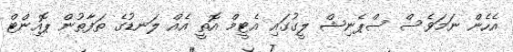
އެހެން ނަމަވެސް ސްޕެނިޝް ލީގުގައި އެޓީމް އޮތީ އެއް ލަނޑުގެ ތަފާތުން ޕޮއިންޓް